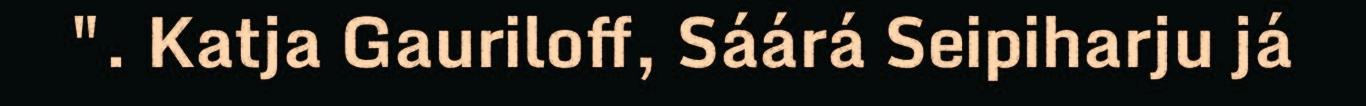
". Katja Gauriloff, Sáárá Seipiharju já